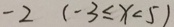
- 2 ( - 3 \leq x < 5 )